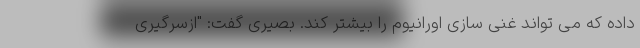
داده که می تواند غنی سازی اورانیوم را بیشتر کند. بصیری گفت: "ازسرگیری